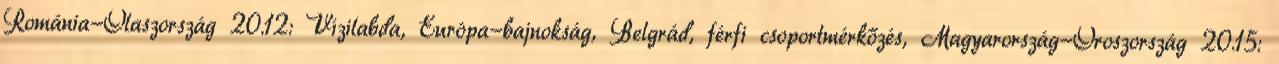
Románia-Olaszország 20.12: Vízilabda, Európa-bajnokság, Belgrád, férfi csoportmérkőzés, Magyarország-Oroszország 20.15: